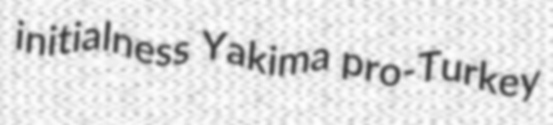
initialness Yakima pro-Turkey